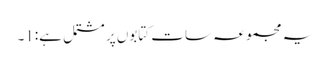
یہ مجموعہ سات کتابوں پر مشتمل ہے:1۔